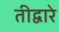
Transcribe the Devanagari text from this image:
तीद्वारे